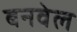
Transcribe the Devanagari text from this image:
बनवेल